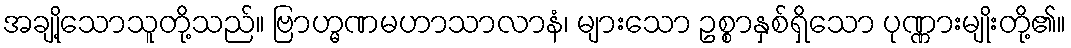
အချို့သောသူတို့သည်။ ဗြာဟ္မဏမဟာသာလာနံ၊ များသော ဥစ္စာနှစ်ရှိသော ပုဏ္ဏားမျိုးတို့၏။